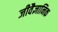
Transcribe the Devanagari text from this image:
जीवैज्ञानिक